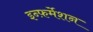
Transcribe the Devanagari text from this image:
इन्फ़र्मेशन